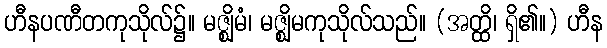
ဟီနပဏီတကုသိုလ်၌။ မဇ္ဈိမံ၊ မဇ္ဈိမကုသိုလ်သည်။ (အတ္ထိ၊ ရှိ၏။) ဟီန